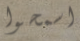
اسمحوا